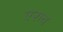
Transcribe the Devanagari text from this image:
एरुच